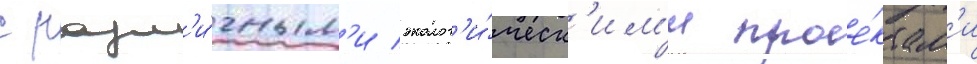
с разл'и́чным'и эколог'и́ческ'им'и прое́ктам'и